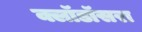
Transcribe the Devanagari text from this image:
क्लॉडॉसरा